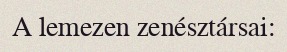
A lemezen zenésztársai: